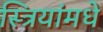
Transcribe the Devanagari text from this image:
स्त्रियांमधे